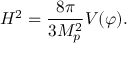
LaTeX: H ^ { 2 } = \frac { 8 \pi } { 3 M _ { p } ^ { 2 } } V ( \varphi ) .